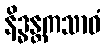
နိဒ္ဓန္တကသာဝံ